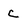
Character: C